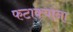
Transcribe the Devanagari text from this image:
फटाक्यांना